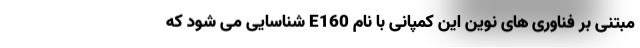
مبتنی بر فناوری های نوین این کمپانی با نام E160 شناسایی می شود که